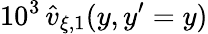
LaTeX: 10^{3}\, \widehat{v}_{\xi,1}(y,y^{\prime}=y)